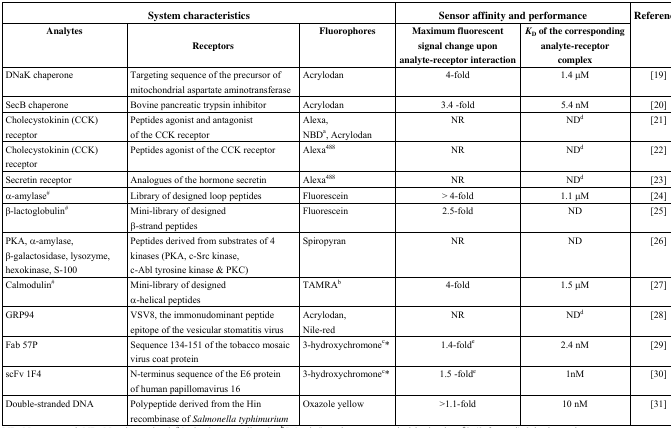
<table><thead><tr><td colspan="3"><b>System characteristics</b></td><td colspan="2"><b>Sensor affinity and performance</b></td><td rowspan="2"><b>References</b></td></tr><tr><td><b>Analytes</b></td><td><b>Receptors</b></td><td><b>Fluorophores</b></td><td><b>Maximum fluorescent signal change upon analyte-receptor interaction</b></td><td><b><i>K</i><sub>D</sub> of the corresponding analyte-receptor complex</b></td></tr></thead><tbody><tr><td>DNaK chaperone</td><td>Targeting sequence of the precursor of mitochondrial aspartate aminotransferase</td><td>Acrylodan</td><td>4-fold</td><td>1.4 μM</td><td>[19]</td></tr><tr><td>SecB chaperone</td><td>Bovine pancreatic trypsin inhibitor</td><td>Acrylodan</td><td>3.4 -fold</td><td>5.4 nM</td><td>[20]</td></tr><tr><td>Cholecystokinin (CCK) receptor</td><td>Peptides agonist and antagonist of the CCK receptor</td><td>Alexa, NBD<sup>a</sup>, Acrylodan</td><td>NR</td><td>ND<sup>d</sup></td><td>[21]</td></tr><tr><td>Cholecystokinin (CCK) receptor</td><td>Peptides agonist of the CCK receptor</td><td>Alexa<sup>488</sup></td><td>NR</td><td>ND<sup>d</sup></td><td>[22]</td></tr><tr><td>Secretin receptor</td><td>Analogues of the hormone secretin</td><td>Alexa<sup>488</sup></td><td>NR</td><td>ND<sup>d</sup></td><td>[23]</td></tr><tr><td>α-amylase<sup>#</sup></td><td>Library of designed loop peptides</td><td>Fluorescein</td><td>&gt; 4-fold</td><td>1.1 μM</td><td>[24]</td></tr><tr><td>β-lactoglobulin<sup>#</sup></td><td>Mini-library of designed β-strand peptides</td><td>Fluorescein</td><td>2.5-fold</td><td>ND</td><td>[25]</td></tr><tr><td>PKA, α-amylase, β-galactosidase, lysozyme, hexokinase, S-100</td><td>Peptides derived from substrates of 4 kinases (PKA, c-Src kinase, c-Abl tyrosine kinase &amp; PKC)</td><td>Spiropyran</td><td>NR</td><td>ND</td><td>[26]</td></tr><tr><td>Calmodulin<sup>#</sup></td><td>Mini-library of designed α-helical peptides</td><td>TAMRA<sup>b</sup></td><td>4-fold</td><td>1.5 μM</td><td>[27]</td></tr><tr><td>GRP94</td><td>VSV8, the immonudominant peptide epitope of the vesicular stomatitis virus</td><td>Acrylodan, Nile-red</td><td>NR</td><td>ND<sup>d</sup></td><td>[28]</td></tr><tr><td>Fab 57P</td><td>Sequence 134–151 of the tobacco mosaic virus coat protein</td><td>3-hydroxychromone<sup>c</sup>*</td><td>1.4-fold<sup>e</sup></td><td>2.4 nM</td><td>[29]</td></tr><tr><td>scFv 1F4</td><td>N-terminus sequence of the E6 protein of human papillomavirus 16</td><td>3-hydroxychromone<sup>c</sup>*</td><td>1.5 -fold<sup>e</sup></td><td>1nM</td><td>[30]</td></tr><tr><td>Double-stranded DNA</td><td>Polypeptide derived from the Hin recombinase of <i>Salmonella typhimurium</i></td><td>Oxazole yellow</td><td>&gt;1.1-fold</td><td>10 nM</td><td>[31]</td></tr></tbody></table>